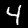
Label: 4